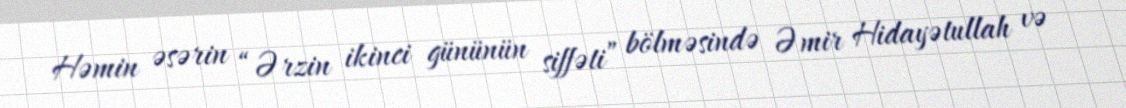
Həmin əsərin “Ərzin ikinci gününün siffəti” bölməsində Əmir Hidayətullah və